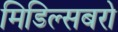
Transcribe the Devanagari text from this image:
मिडिल्सबरो